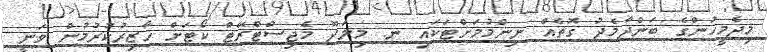
މިދެމީހުންގެ ބަންދާމެދު ގޮތެއް ނިންމުމަށްޓަކައި ނ. މިލަދޫ މެޖިސްޓްރޭޓް ކޯޓަށް ހާޒިރުކުރުމުން ވަނީ